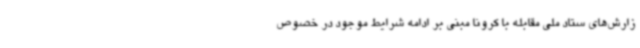
زارش‌های ستاد ملی مقابله با کرونا مبنی بر ادامه شرایط موجود در خصوص